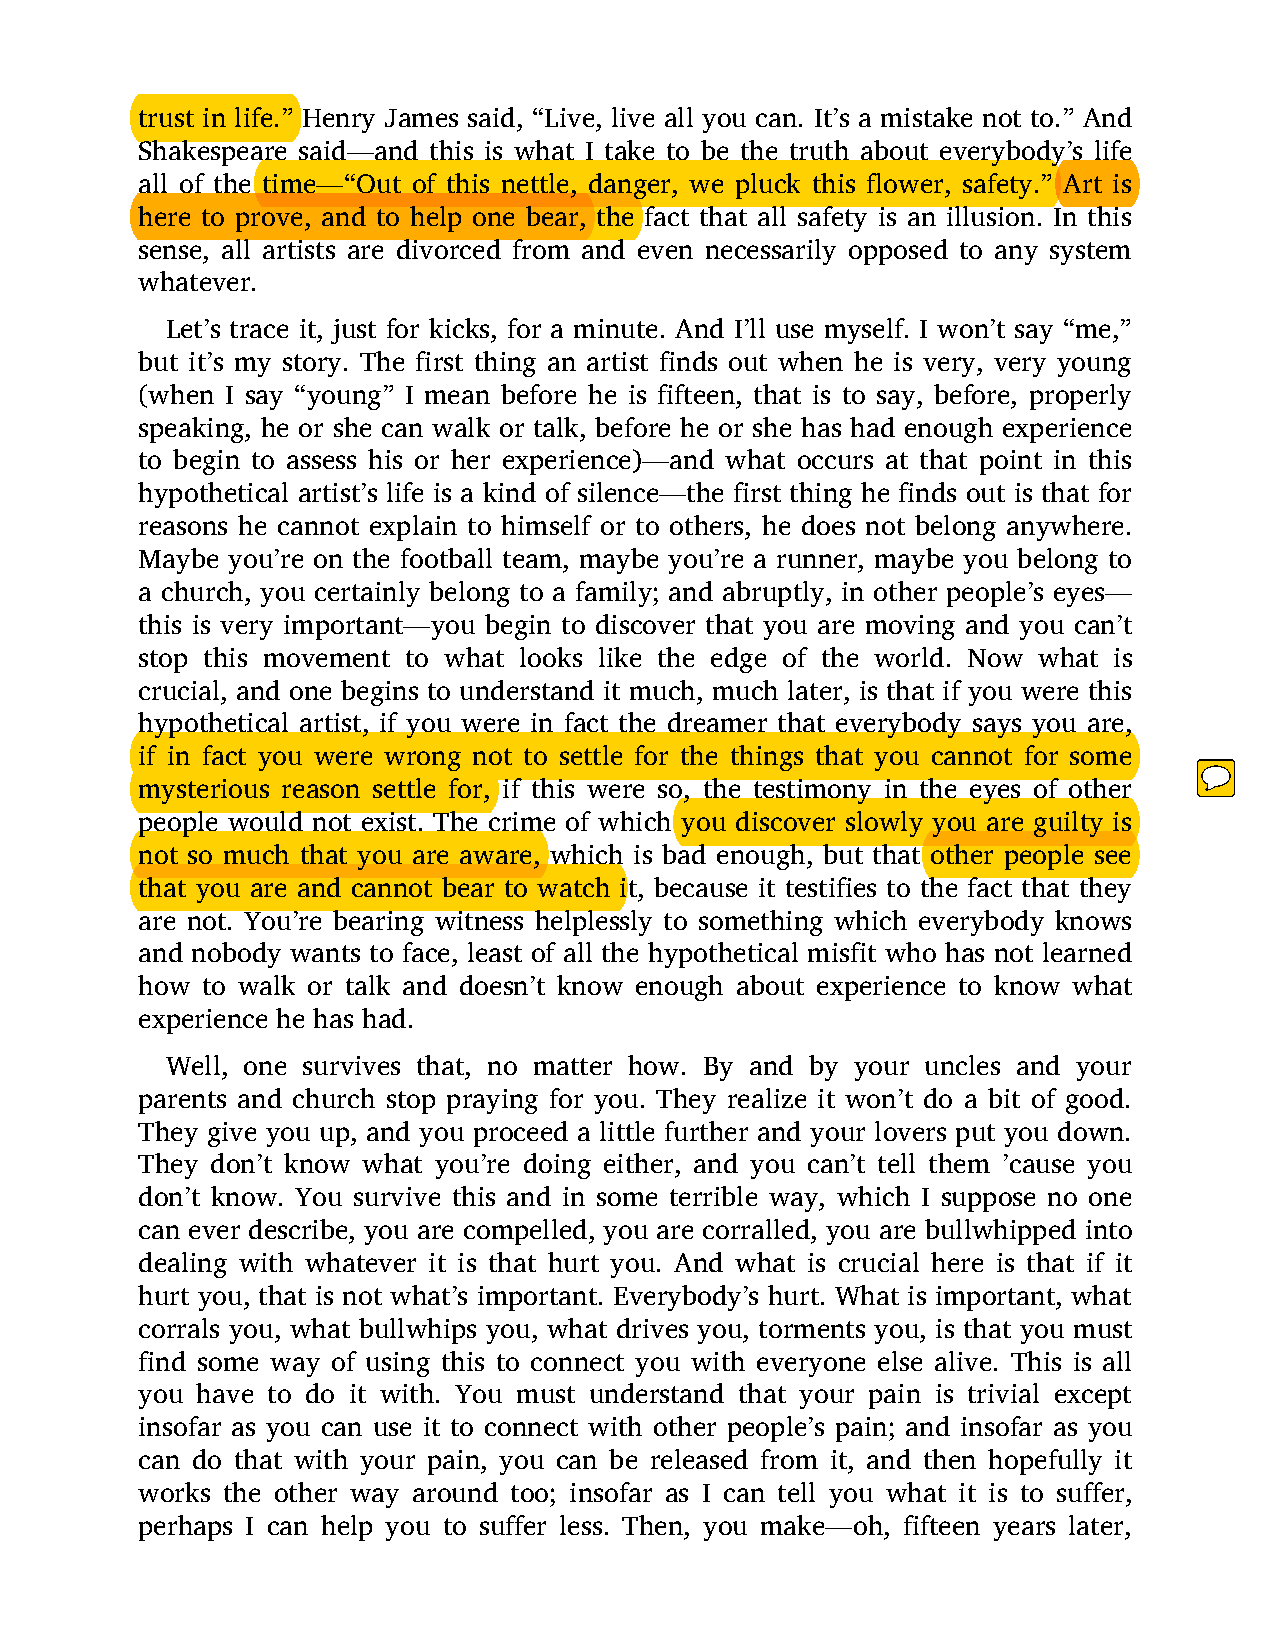
trust in life.” Henry James said, “Live, live all you can. It’s a mistake not to.” And
 Shakespeare said—and this is what I take to be the truth about everybody’s life
 all of the time—“Out of this nettle, danger, we pluck this flower, safety.” Art is
 here to prove, and to help one bear, the fact that all safety is an illusion. In this
 sense, all artists are divorced from and even necessarily opposed to any system
 whatever.
 Let’s trace it, just for kicks, for a minute. And I’ll use myself. I won’t say “me,”
 but it’s my story. The first thing an artist finds out when he is very, very young
 (when I say “young” I mean before he is fifteen, that is to say, before, properly
 speaking, he or she can walk or talk, before he or she has had enough experience
 to begin to assess his or her experience)—and what occurs at that point in this
 hypothetical artist’s life is a kind of silence—the first thing he finds out is that for
 reasons he cannot explain to himself or to others, he does not belong anywhere.
 Maybe you’re on the football team, maybe you’re a runner, maybe you belong to
 a church, you certainly belong to a family; and abruptly, in other people’s eyes—
 this is very important—you begin to discover that you are moving and you can’t
 stop this movement to what looks like the edge of the world. Now what is
 crucial, and one begins to understand it much, much later, is that if you were this
 hypothetical artist, if you were in fact the dreamer that everybody says you are,
 if in fact you were wrong not to settle for the things that you cannot for some
 mysterious reason settle for, if this were so, the testimony in the eyes of other
 people would not exist. The crime of which you discover slowly you are guilty is
 not so much that you are aware, which is bad enough, but that other people see
 that you are and cannot bear to watch it, because it testifies to the fact that they
 are not. You’re bearing witness helplessly to something which everybody knows
 and nobody wants to face, least of all the hypothetical misfit who has not learned
 how to walk or talk and doesn’t know enough about experience to know what
 experience he has had.
 Well, one survives that, no matter how. By and by your uncles and your
 parents and church stop praying for you. They realize it won’t do a bit of good.
 They give you up, and you proceed a little further and your lovers put you down.
 They don’t know what you’re doing either, and you can’t tell them ’cause you
 don’t know. You survive this and in some terrible way, which I suppose no one
 can ever describe, you are compelled, you are corralled, you are bullwhipped into
 dealing with whatever it is that hurt you. And what is crucial here is that if it
 hurt you, that is not what’s important. Everybody’s hurt. What is important, what
 corrals you, what bullwhips you, what drives you, torments you, is that you must
 find some way of using this to connect you with everyone else alive. This is all
 you have to do it with. You must understand that your pain is trivial except
 insofar as you can use it to connect with other people’s pain; and insofar as you
 can do that with your pain, you can be released from it, and then hopefully it
 works the other way around too; insofar as I can tell you what it is to suffer,
 perhaps I can help you to suffer less. Then, you make—oh, fifteen years later,